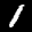
Label: 1